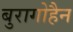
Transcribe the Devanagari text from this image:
बुरागोहैन